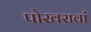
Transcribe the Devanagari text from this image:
पोखरावां